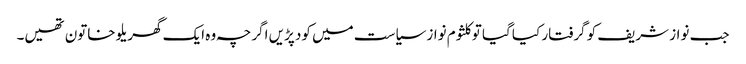
جب نواز شریف کو گرفتار کیا گیا تو کلثوم نواز سیاست میں کود پڑیں اگرچہ وہ ایک گھریلو خاتون تھیں۔